Scottish Leaving Certificate Examination, 1957
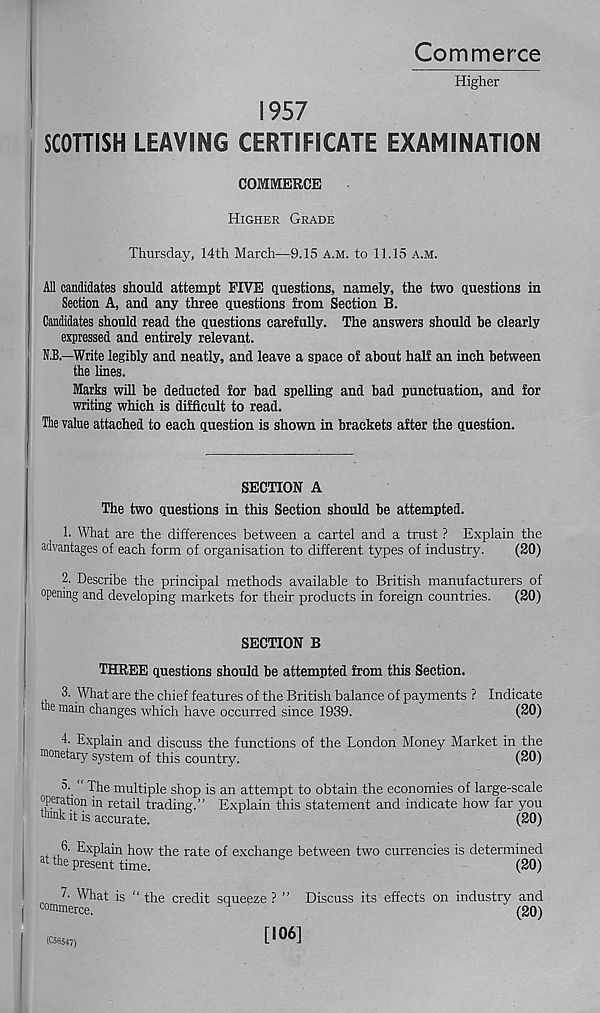
Commerce
Higher
1957
SCOTTISH LEAVING CERTIFICATE EXAMINATION
COMMERCE
Higher Grade
Thursday, 14th March—9.15 a.m. to 11.15 a.m.
All candidates should attempt FIVE questions, namely, the two questions in
Section A, and any three questions from Section B.
Candidates should read the questions carefully. The answers should he clearly
expressed and entirely relevant.
N.B.—Write legibly and neatly, and leave a space of about half an inch between
the lines.
Marks will be deducted for bad spelling and bad punctuation, and for
writing which is difficult to read.
The value attached to each question is shown in brackets after the question.
SECTION A
The two questions in this Section should be attempted.
1. What are the differences between a cartel and a trust ? Explain the
advantages of each form of organisation to different types of industry.
(20)
2. Describe the principal methods available to British manufacturers of
opening and developing markets for their products in foreign countries.
(20)
SECTION B
THREE questions should be attempted from this Section.
3. What are the chief features of the British balance of payments ? Indicate
the main changes which have occurred since 1939.
(20)
4' Explain and discuss the functions of the London Money Market in the
oonetary system of this country.
(20)
3- The multiple shop is an attempt to obtain the economies of large-scale
operation in retail trading.” Explain this statement and indicate how far you
think it is accurate.
(20)
,
Explain how the rate of exchange between two currencies is determined
at the present time.
(20)
7- What is “ the credit squeeze ? ” Discuss its effects on industry and
commerce.
(20)
(C56547)
[106]